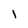
Character: 1